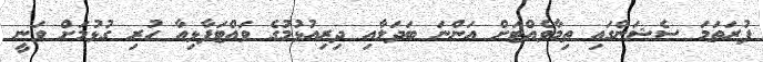
ފުރަތަމަ ސެޝަންގައި ތިމާވެއްޓަށް އަންނަ ބަދަލާއި ދިރިއުޅުމުގެ ވައްޓަފާޅިއާ ހުރި ގުޅުމަށް ވަނީ